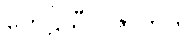
ကေဠိသီလဇာတက